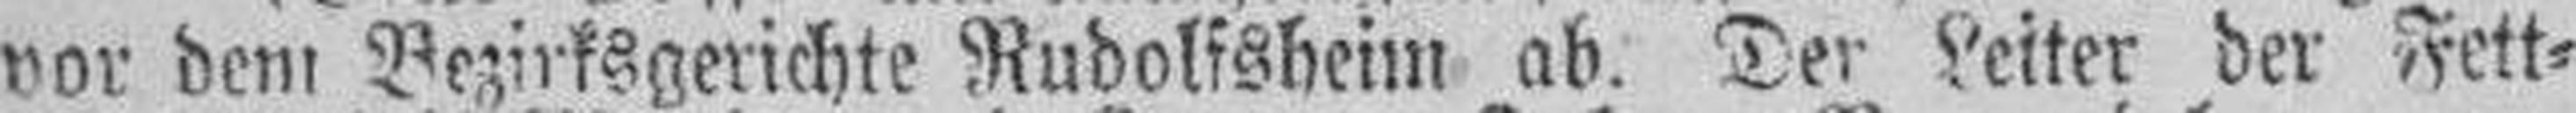
vor dem Bezirksgerichte Rudolfsheim ab. Der Leiter der Fett¬